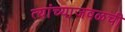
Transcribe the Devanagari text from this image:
त्यांच्याजवळची